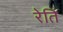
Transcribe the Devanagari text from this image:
रेति